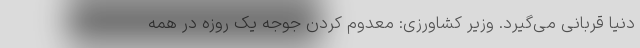
دنیا قربانی می‌گیرد. وزیر کشاورزی: معدوم کردن جوجه یک روزه در همه